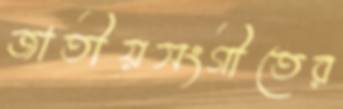
জাতীয়সংগীতের